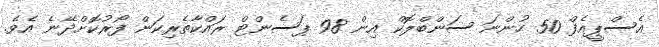
އެސްޕީއެފް 50 ހުންނަ ސަންބްލޮކް އިން 98 ޕަސެންޓް ރައްކާތެރިކަން ފޯރުކޮށްދޭނެ އެވެ.